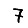
Digit: 7